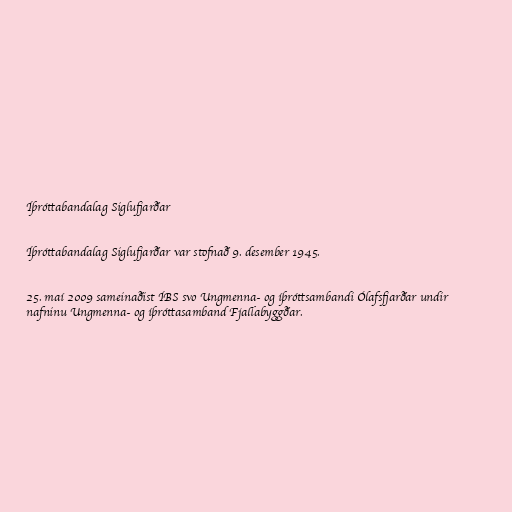
Íþróttabandalag Siglufjarðar

Íþróttabandalag Siglufjarðar var stofnað 9. desember 1945.

25. maí 2009 sameinaðist ÍBS svo Ungmenna- og íþróttsambandi Ólafsfjarðar undir
nafninu Ungmenna- og íþróttasamband Fjallabyggðar.